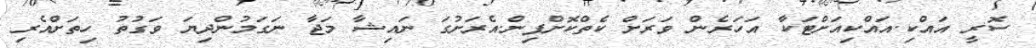
ސޮރީ އައްކި.އައްކިއަށްޓަކާ އަހަރެން ވަރަށް ކެތްކޮށްފިން.އެރަށުގަ ނައިޝާ މަޖާ ނަގަމުންދިޔަ ވަގުތު ހިތަށްއެރި